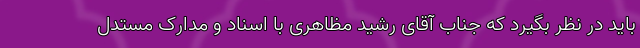
باید در نظر بگیرد که جناب آقای رشید مظاهری با اسناد و مدارک مستدل